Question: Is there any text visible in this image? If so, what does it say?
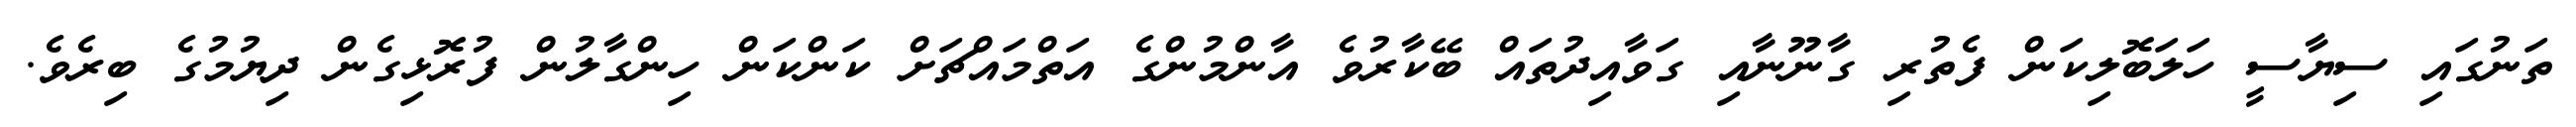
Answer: ތަނުގައި ސިޔާސީ ހަލަބޮލިކަން ފެތުރި ގާނޫނާއި ގަވާއިދުތައް ބޭކާރުވެ އާންމުންގެ އަތްމައްޗަށް ކަންކަން ހިންގާލުން ފުރޮޅިގެން ދިޔުމުގެ ބިރެވެ.